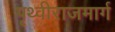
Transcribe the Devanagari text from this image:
पृथ्वीराजमार्ग